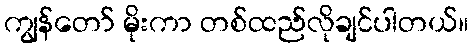
ကျွန်တော် မိုးကာ တစ်ထည်လိုချင်ပါတယ်။